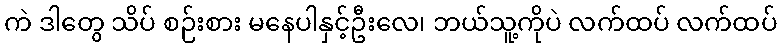
ကဲ ဒါတွေ သိပ် စဉ်းစား မနေပါနှင့်ဦးလေ၊ ဘယ်သူ့ကိုပဲ လက်ထပ် လက်ထပ်